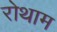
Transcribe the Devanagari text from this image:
रोथाम